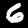
Label: 6